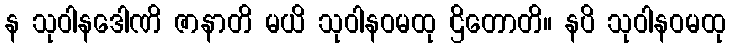
န သုဝါနဒေါဏိ ဇာနာတိ မယိ သုဝါနဝမထု ဌိတောတိ။ နပိ သုဝါနဝမထု